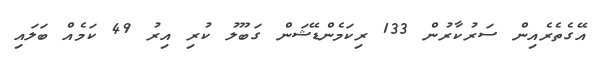
އޭގެތެރެއިން ސަރުކާރުން 133 ރިކަމެންޑޭޝަން ގަބޫލު ކުރި އިރު 49 ކަމެއް ބަލައި